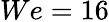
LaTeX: We=16